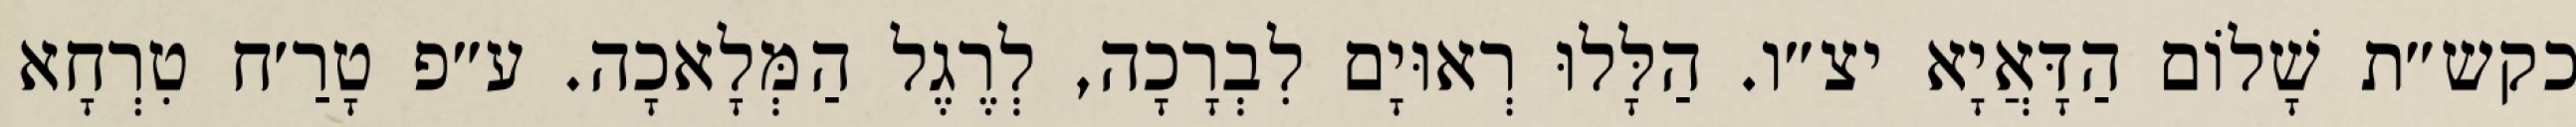
כקש״ת שָׁלוֹם הַדָּאֲיָא יצ״ו. הַלָּלוּ רְאוּיָם לִבְרָכָה, לְרֶגֶל הַמְּלָאכָה. ע״פ טָרַ׳ח טִרְחָא